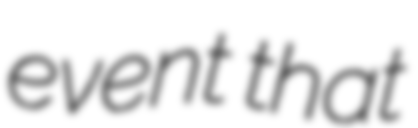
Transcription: event that